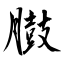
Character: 臌